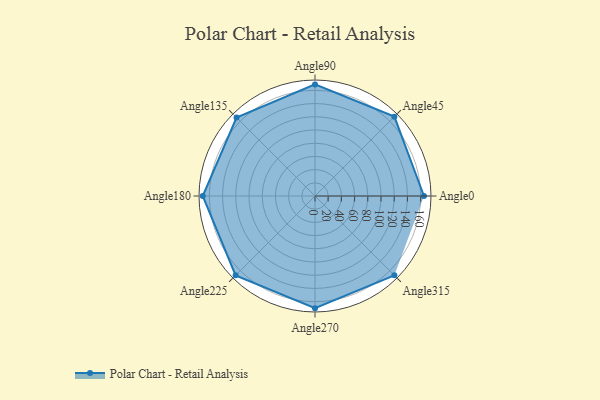
{"axis": {"x": "Angle", "y": "Radius"}, "legend": [""], "data": [{"x": "Angle0", "y": 165.0, "type": ""}, {"x": "Angle45", "y": 170.0, "type": ""}, {"x": "Angle90", "y": 169.0, "type": ""}, {"x": "Angle135", "y": 168.0, "type": ""}, {"x": "Angle180", "y": 170, "type": ""}, {"x": "Angle225", "y": 170, "type": ""}, {"x": "Angle270", "y": 170, "type": ""}, {"x": "Angle315", "y": 170, "type": ""}]}